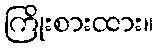
ကြိုးစားထား။